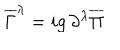
\overline { { { \Gamma } } } ^ { \lambda } = i g \, \partial ^ { \lambda } \overline { { { \Pi } } }